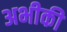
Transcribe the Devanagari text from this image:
अभीकी